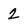
Character: 2